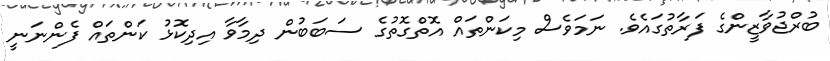
ބުރްޖުވާޒީންގެ ފަރާތުގައެވެ. ނަމަވެސް މިކަންތައް އޮތްގޮތުގެ ސަބަބުން ދިމާވާ އިދިކޮޅު ކަންތައް ފެންނަނީ